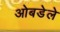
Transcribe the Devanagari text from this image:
ओबडेले